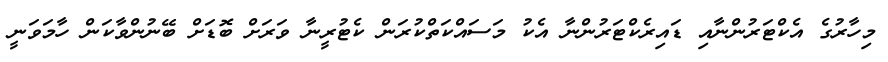
މިހާރުގެ އެކްޓަރުންނާއި ޑައިރެކްޓަރުންނާ އެކު މަސައްކަތްކުރަން ކެޓުރީނާ ވަރަށް ބޮޑަށް ބޭނުންވާކަން ހާމަވަނީ